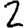
Digit: 2